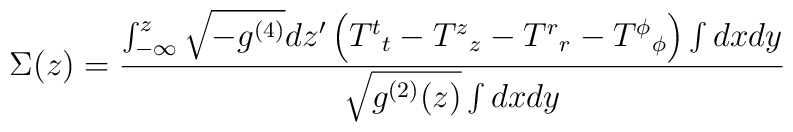
\Sigma (z) =  \frac{ \int_{-\infty}^{z}   \sqrt{-g^{(4)}}dz'   \left(   {T^{t}}_{t}-{T^{z}}_{z}-{T^{r}}_{r}-{T^{\phi}}_{\phi}   \right)   \int dx dy }   { \sqrt{g^{(2)}(z)} \int dx dy }